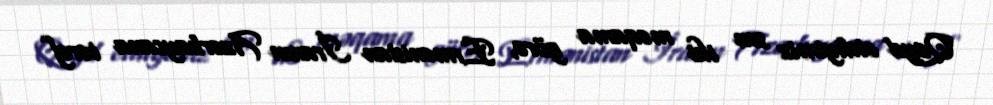
Qeyd etdiyimiz son iki məqama görə, Ermənistan İranın Azərbaycana tərəf